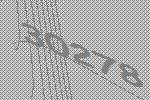
30278